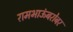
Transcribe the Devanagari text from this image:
रामभाऊंबरोबर